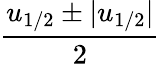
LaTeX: \frac{u_{1/2}\pm|u_{1/2}|}{2}